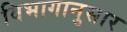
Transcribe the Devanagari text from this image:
विभागानुसार